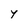
Character: y